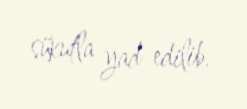
sükutla yad edilib.